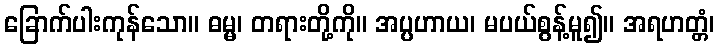
ခြောက်ပါးကုန်သော။ ဓမ္မ၊ တရားတို့ကို။ အပ္ပဟာယ၊ မပယ်စွန့်မူ၍။ အရဟတ္တံ၊